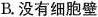
B.没有细胞壁